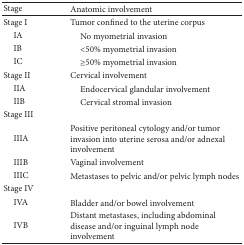
<table><thead><tr><td><b>Stage</b></td><td><b>Anatomic involvement</b></td></tr></thead><tbody><tr><td>Stage I</td><td>Tumor confined to the uterine corpus</td></tr><tr><td> IA</td><td> No myometrial invasion</td></tr><tr><td> IB</td><td> &lt;50% myometrial invasion</td></tr><tr><td> IC</td><td> ≥50% myometrial invasion</td></tr><tr><td>Stage II</td><td>Cervical involvement</td></tr><tr><td> IIA</td><td> Endocervical glandular involvement</td></tr><tr><td> IIB</td><td> Cervical stromal invasion</td></tr><tr><td>Stage III</td><td> </td></tr><tr><td> IIIA</td><td>Positive peritoneal cytology and/or tumor invasion into uterine serosa and/or adnexal involvement</td></tr><tr><td> IIIB</td><td>Vaginal involvement</td></tr><tr><td> IIIC</td><td>Metastases to pelvic and/or pelvic lymph nodes</td></tr><tr><td>Stage IV</td><td> </td></tr><tr><td> IVA</td><td>Bladder and/or bowel involvement</td></tr><tr><td> IVB</td><td>Distant metastases, including abdominal disease and/or inguinal lymph node involvement</td></tr></tbody></table>